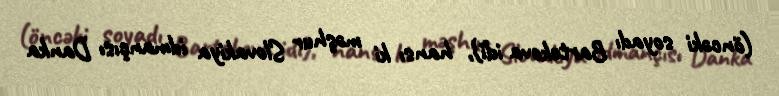
(öncəki soyadı Bartekova idi), hansı ki məşhur Slovakiya idmançısı Danka